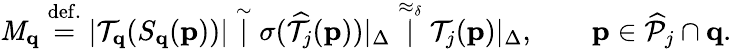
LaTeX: \mathit{M}_{\mathbf{{q}}}\stackrel{\mathrm{{def.}}}{=}|\mathcal{{T}}_{\mathbf{{q}}}(S_{\mathbf{{q}}}(\mathbf{{p}}))|\stackrel{\sim}|\sigma(\widehat{{\mathcal{{T}}}}_{j}(\mathbf{{p}}))|_{\Delta}\stackrel{\approx_{\delta}}|\mathcal{{T}}_{j}(\mathbf{{p}})|_{\Delta},\qquad\mathbf{{p}}\in\widehat{{\mathcal{{P}}}}_{j}\cap\mathbf{{q}}.